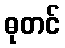
ဓုတင်